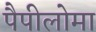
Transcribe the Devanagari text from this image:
पैपीलोमा